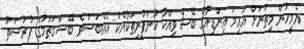
އެމީހުން މިތަނަށް އައިމަ އިންޑިއާގެ ބޭސް ވިއްކާ ކުންފުނިތަކާއެކު އެއްބަސްވެ ބޭސްގަތުމުގެ ފުރުސަތު